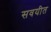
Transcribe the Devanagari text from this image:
सवयीत